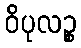
ဝိပုလဉ္စ